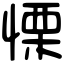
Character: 慄